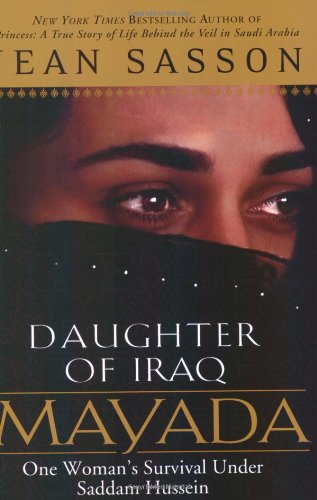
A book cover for Mayada, Daughter of Iraq: One Woman's Survival Under Saddam Hussein; Jean Sasson; History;